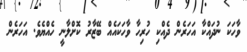
ވާހަކަ ނުދައްކާ އަހަރެން ދެއްކި ހުރިހާ ވާހަކައެއް ބޭޒާރު ކޮށްލާނީ ހެއްޔެވެ. އަހަރެން